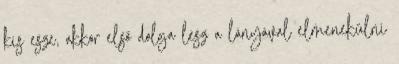
kis esze, akkor első dolga lesz a lányával elmenekülni